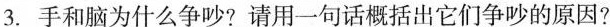
3.手和脑为什么争吵?请用一句话概括出它们争吵的原因?